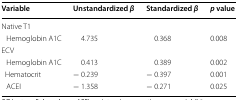
<table><thead><tr><td><b>Variable</b></td><td><b>Unstandardized <i>β</i></b></td><td><b>Standardized <i>β</i></b></td><td><b><i>p</i> value</b></td></tr></thead><tbody><tr><td colspan="4">Native T1</td></tr><tr><td> Hemoglobin A1C</td><td>4.735</td><td>0.368</td><td>0.008</td></tr><tr><td colspan="4">ECV</td></tr><tr><td> Hemoglobin A1C</td><td>0.413</td><td>0.389</td><td>0.002</td></tr><tr><td> Hematocrit</td><td>− 0.239</td><td>− 0.397</td><td>0.001</td></tr><tr><td> ACEI</td><td>− 1.358</td><td>− 0.271</td><td>0.025</td></tr></tbody></table>